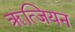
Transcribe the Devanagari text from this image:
ॠत्जियन